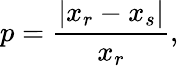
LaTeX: p=\frac{|x_{r}-x_{s}|}{x_{r}},